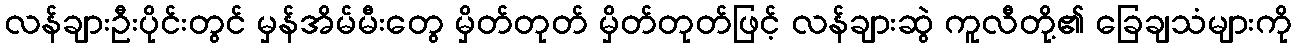
လန်ချားဦးပိုင်းတွင် မှန်အိမ်မီးတွေ မှိတ်တုတ် မှိတ်တုတ်ဖြင့် လန်ချားဆွဲ ကူလီတို့၏ ခြေချသံများကို